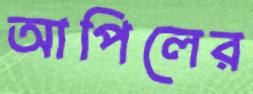
আপিলের